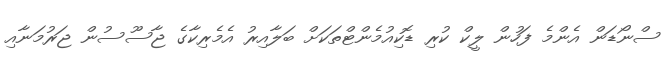
ސްނޯޑަން އެންމެ ފަހުން ލީކް ކުރި ޑޮކިއުމެންޓްތަކަށް ބަލާއިރު އެމެރިކާގެ ޖާސޫސުން ޖަރުމަނާއި